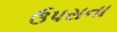
ઉપસના